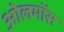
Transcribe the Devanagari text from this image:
ओलमॉस